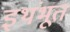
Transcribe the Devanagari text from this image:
इथंभूत